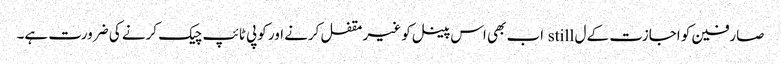
صارفین کو اجازت کے ل still اب بھی اس پینل کو غیر مقفل کرنے اور کوپی ٹائپ چیک کرنے کی ضرورت ہے۔